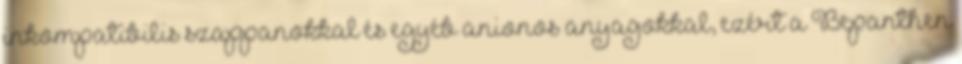
inkompatibilis szappanokkal és egyéb anionos anyagokkal, ezért a Bepanthen